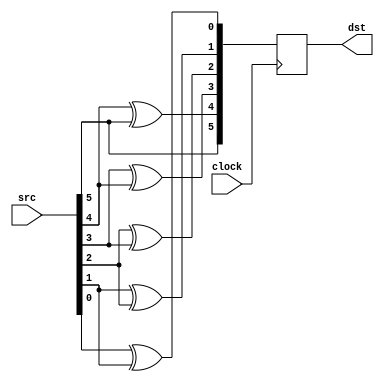
// This program was cloned from: https://github.com/cxdzyq1110/NPU_on_FPGA
// License: BSD 2-Clause "Simplified" License

/*-------------------------------------------------------------------------------*\
	FILE:			gray_enc_1p.v
	AUTHOR:			Xudong Chen
	CREATED BY:		Xudong Chen
	$Id$
	ABSTRACT:		behavioral code for gray encoding module, with 1-clock pipeline
	
	KEYWORDS:		gray, encode, 1-clock pipeline 
	MODIFICATION HISTORY:
	$Log$
		Xudong 		18/6/20			original version
		Xudong		18/6/21			rectify, gray encode not right
\*-------------------------------------------------------------------------------*/
module gray_enc_1p
#(
parameter	WIDTH = 6			// 
)
(
input		wire					clock,	// 
input		wire	[WIDTH-1:0]		src,	// 
output		reg		[WIDTH-1:0]		dst		// 
);

// 
integer	p;
reg		[WIDTH-1:0]	dst_x;
always @(*)
begin
	dst_x[WIDTH-1] = src[WIDTH-1];		// g[N-1] = b[N-1]
	for(p=WIDTH-2; p>=0; p=p-1)
	begin
		dst_x[p] = src[p]^src[p+1];		// g[n] = b[n]^b[n+1]	, 0 <= n <= N-2
	end
end

// 
always @(posedge clock)
	dst <= dst_x;

endmodule